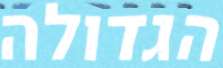
הגדולה